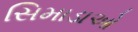
સિમાડાઓ